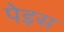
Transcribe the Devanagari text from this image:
पेइस